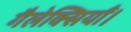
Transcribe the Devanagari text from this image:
गैलेक्सियाँ।